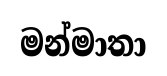
මන්මාතා